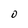
Character: D